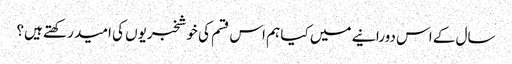
سال کے اس دورانیے میں کیا ہم اس قسم کی خوشخبریوں کی امید رکھتے ہیں؟